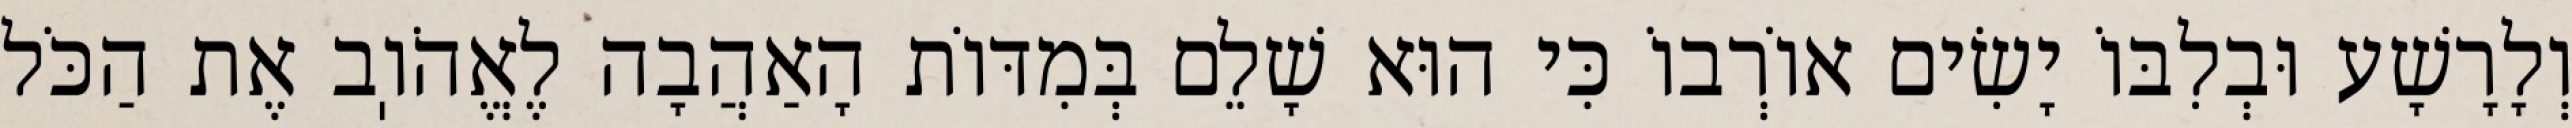
וְלָרָשָׁע וּבְלִבּוֹ יָשִׂים אוֹרְבוֹ כִּי הוּא שָׁלֵם בְּמִדּוֹת הָאַהֲבָה לֶאֱהֹוֽב אֶת הַכֹּל